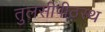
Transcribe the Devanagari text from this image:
तुलसीपीठस्थ